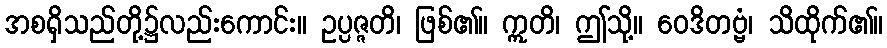
အစရှိသည်တို့၌လည်းကောင်း။ ဥပ္ပဇ္ဇတိ၊ ဖြစ်၏။ ဣတိ၊ ဤသို့။ ဝေဒိတဗ္ဗံ၊ သိထိုက်၏။